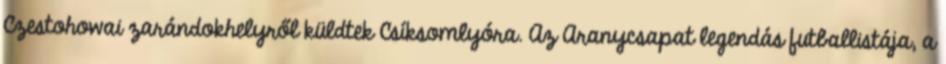
Czestohowai zarándokhelyről küldtek Csíksomlyóra. Az Aranycsapat legendás futballistája, a